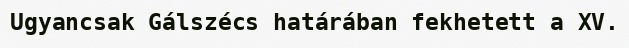
Ugyancsak Gálszécs határában fekhetett a XV.